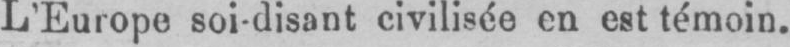
L’Europe soi-disant civilisée en est témoin.